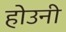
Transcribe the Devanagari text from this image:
होउनी